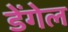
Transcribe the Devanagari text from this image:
डेंगेल